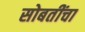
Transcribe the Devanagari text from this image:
सोबतींचा